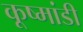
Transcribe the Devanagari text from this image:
कूष्मांडी